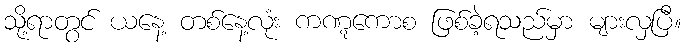
သို့ရာတွင် ယနေ့ တစ်နေ့လုံး ကဏ္ဋကောစ ဖြစ်ခဲ့ရသည်မှာ များလှပြီ။